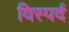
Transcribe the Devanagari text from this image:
विस्पर्द